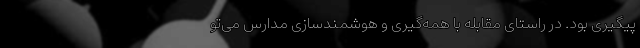
پیگیری بود. در راستای مقابله با همه‌گیری و هوشمندسازی مدارس می‌تو